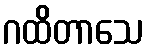
ဂထိတာသေ